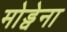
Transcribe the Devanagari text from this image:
मोड्वेना